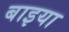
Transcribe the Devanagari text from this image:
बाइया